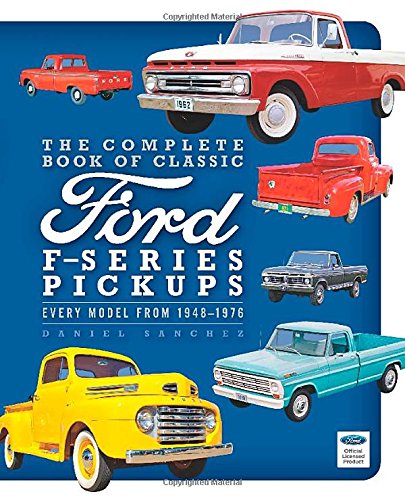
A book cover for The Complete Book of Classic Ford F-Series Pickups: Every Model from 1948-1976 (Complete Book Series); Dan Sanchez; Engineering & Transportation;